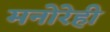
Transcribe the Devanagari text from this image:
मनोरेही